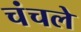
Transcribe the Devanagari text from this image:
चंचले